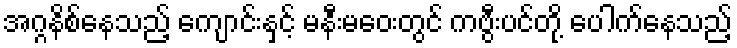
အဂ္ဂနိစ်နေသည့် ကျောင်းနှင့် မနီးမဝေးတွင် ကဗွီးပင်တို့ ပေါက်နေသည့်